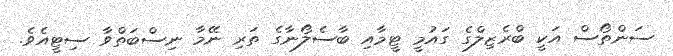
ސަންތޯސް އަކީ ބްރެޒިލްގެ ގައުމީ ޓީމާއި ބާސެލޯނާގެ ތަރި ނޭމާ ނިސްބަތްވާ ސިޓީއެވެ.